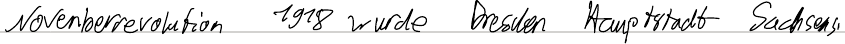
Novemberrevolution 1918 wurde Dresden Hauptstadt Sachsens.